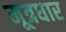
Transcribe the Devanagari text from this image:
मूत्रधार